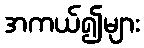
အကယ်၍များ